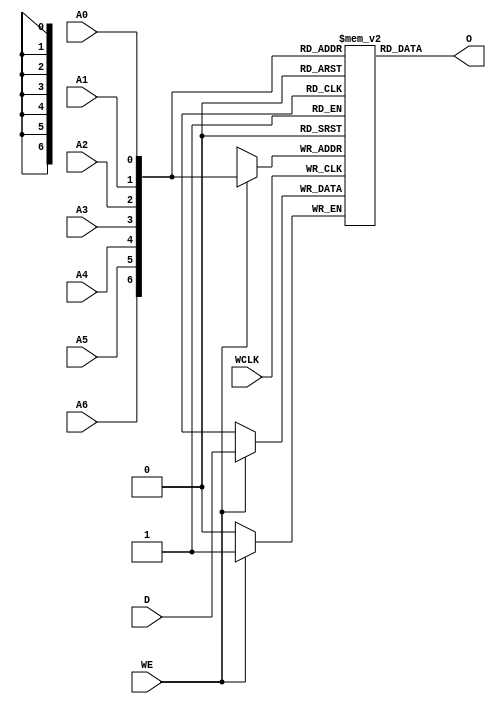
// $Header: /devl/xcs/repo/env/Databases/CAEInterfaces/verunilibs/s/RAM128X1S_1.v,v 1.8 2003/01/21 01:55:40 wloo Exp $

/*

FUNCTION	: 128x1 Static RAM with synchronous write capability

*/

`timescale  100 ps / 10 ps


module RAM128X1S_1 (O, A0, A1, A2, A3, A4, A5, A6, D, WCLK, WE);

    parameter INIT = 128'h00000000000000000000000000000000;

    output O;

    input  A0, A1, A2, A3, A4, A5, A6, D, WCLK, WE;

    reg  mem [127:0];
    wire [6:0] adr;
    reg  [7:0] count;
    wire d_in, wclk_in, we_in;

    buf b_d    (d_in, D);
    buf b_wclk (wclk_in, WCLK);
    buf b_we   (we_in, WE);

    buf b_a6 (adr[6], A6);
    buf b_a5 (adr[5], A5);
    buf b_a4 (adr[4], A4);
    buf b_a3 (adr[3], A3);
    buf b_a2 (adr[2], A2);
    buf b_a1 (adr[1], A1);
    buf b_a0 (adr[0], A0);

    buf b_o (O, o_int);

    buf b_o_int (o_int, mem[adr]);

    initial begin
	for (count = 0; count < 128; count = count + 1)
	    mem[count] <= INIT[count];
    end

    always @(negedge wclk_in) begin
	if (we_in == 1'b1)
	    mem[adr] <= d_in;
    end

    specify
	if (WE)
	    (WCLK => O) = (0, 0);

	(A6 => O) = (0, 0);
	(A5 => O) = (0, 0);
	(A4 => O) = (0, 0);
	(A3 => O) = (0, 0);
	(A2 => O) = (0, 0);
	(A1 => O) = (0, 0);
	(A0 => O) = (0, 0);
    endspecify

endmodule